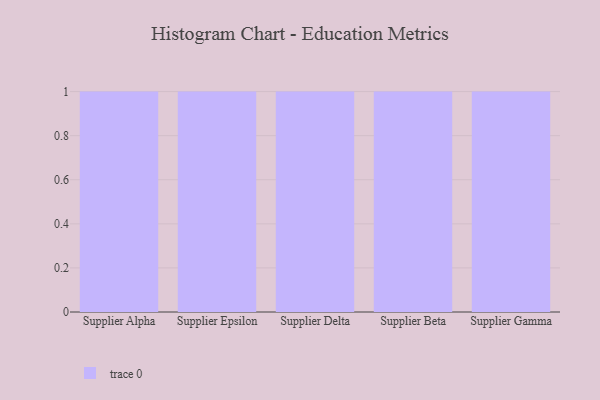
{"axis": {"x": "Supplier", "y": "Temperature (°C)"}, "legend": [""], "data": [{"x": "Supplier Alpha", "y": 23, "type": ""}, {"x": "Supplier Epsilon", "y": 86, "type": ""}, {"x": "Supplier Delta", "y": 38, "type": ""}, {"x": "Supplier Beta", "y": 94, "type": ""}, {"x": "Supplier Gamma", "y": 56, "type": ""}]}